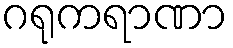
ဂရုကရာဏာ